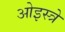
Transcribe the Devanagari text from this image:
ओइस्त्रे